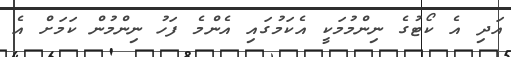
އަދި އެ ކޯޓުގެ ނިންމުމަކީ އެކަމުގައި އެންމެ ފަހު ނިންމުން ކަމަށް އެ